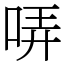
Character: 哢